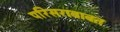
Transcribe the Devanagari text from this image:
परिसराबाबत